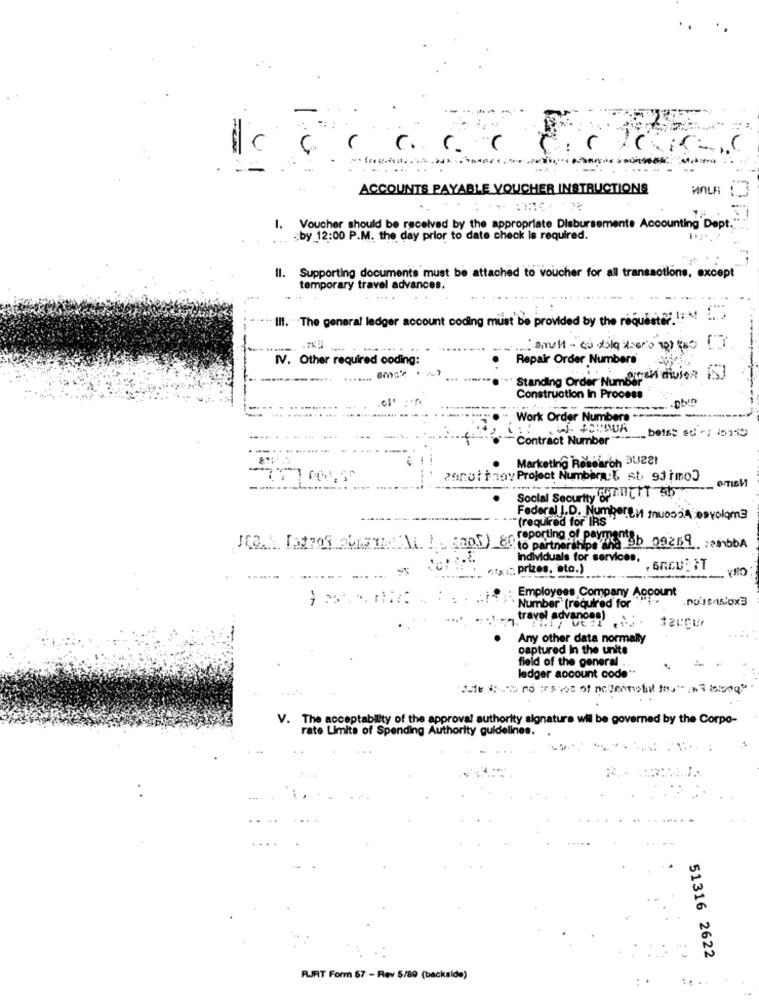
... ..
ACCOUNTS PAYABLE VOUCHER INSTRUCTIONS
..
Voucher should be received by the appropriate Disbursemente Accounting Dept.
by 12:00 P.M. the day prior to date check is required.
Supporting documents must be attached to voucher for all transactions, except
temporary travel advances.
..
Ill. "The general ledger account coding must be provided by the request. !:: N!
IV. Other required coding:
Repair Order Numbers
Standing Order Numberen diviex [S]
Construction In Process
.phin
Work Order Numbers --
._ bets: ed - 19259
"Contract Number"
Marketing Rosearo
Panot t zov Project Numbera.& st. 91 tmo3
Social Security OfLIT ab
OITISM
"(required for IRS"
Federal I.D. Numberen tuosoA esvolom3
JE2.\ [SZOR QUESTA 1 6005)_80reporting of payments
to partnerships dla 9b 09269 zambbA
individuals for services,
":"x :: prizes, ato.)
: Employees Company Account
` Number (required for
travel advances)
Any other data normally
captured In the units
field of the general
ledger account code
V. The acceptability of the approval authority signature wil be governed by the Corpo-
rate Limits of Spending Authority guidelines.
51316 2622
RJRT Form 57 - Rev 5/80 (backside)